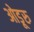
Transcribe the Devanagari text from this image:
ओडूरु